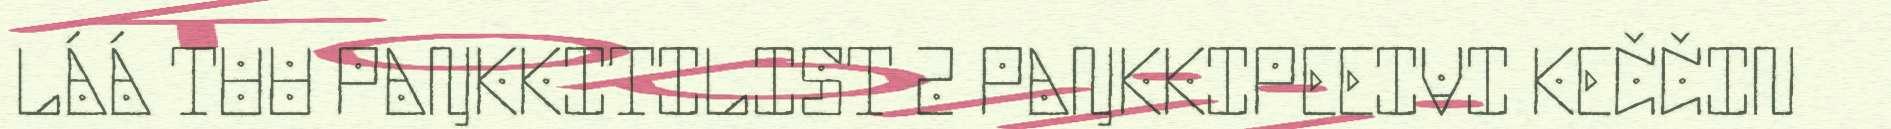
LÁÁ TUU PAŊKKITILIST 2 PAŊKKIPEEIVI KEČČIN